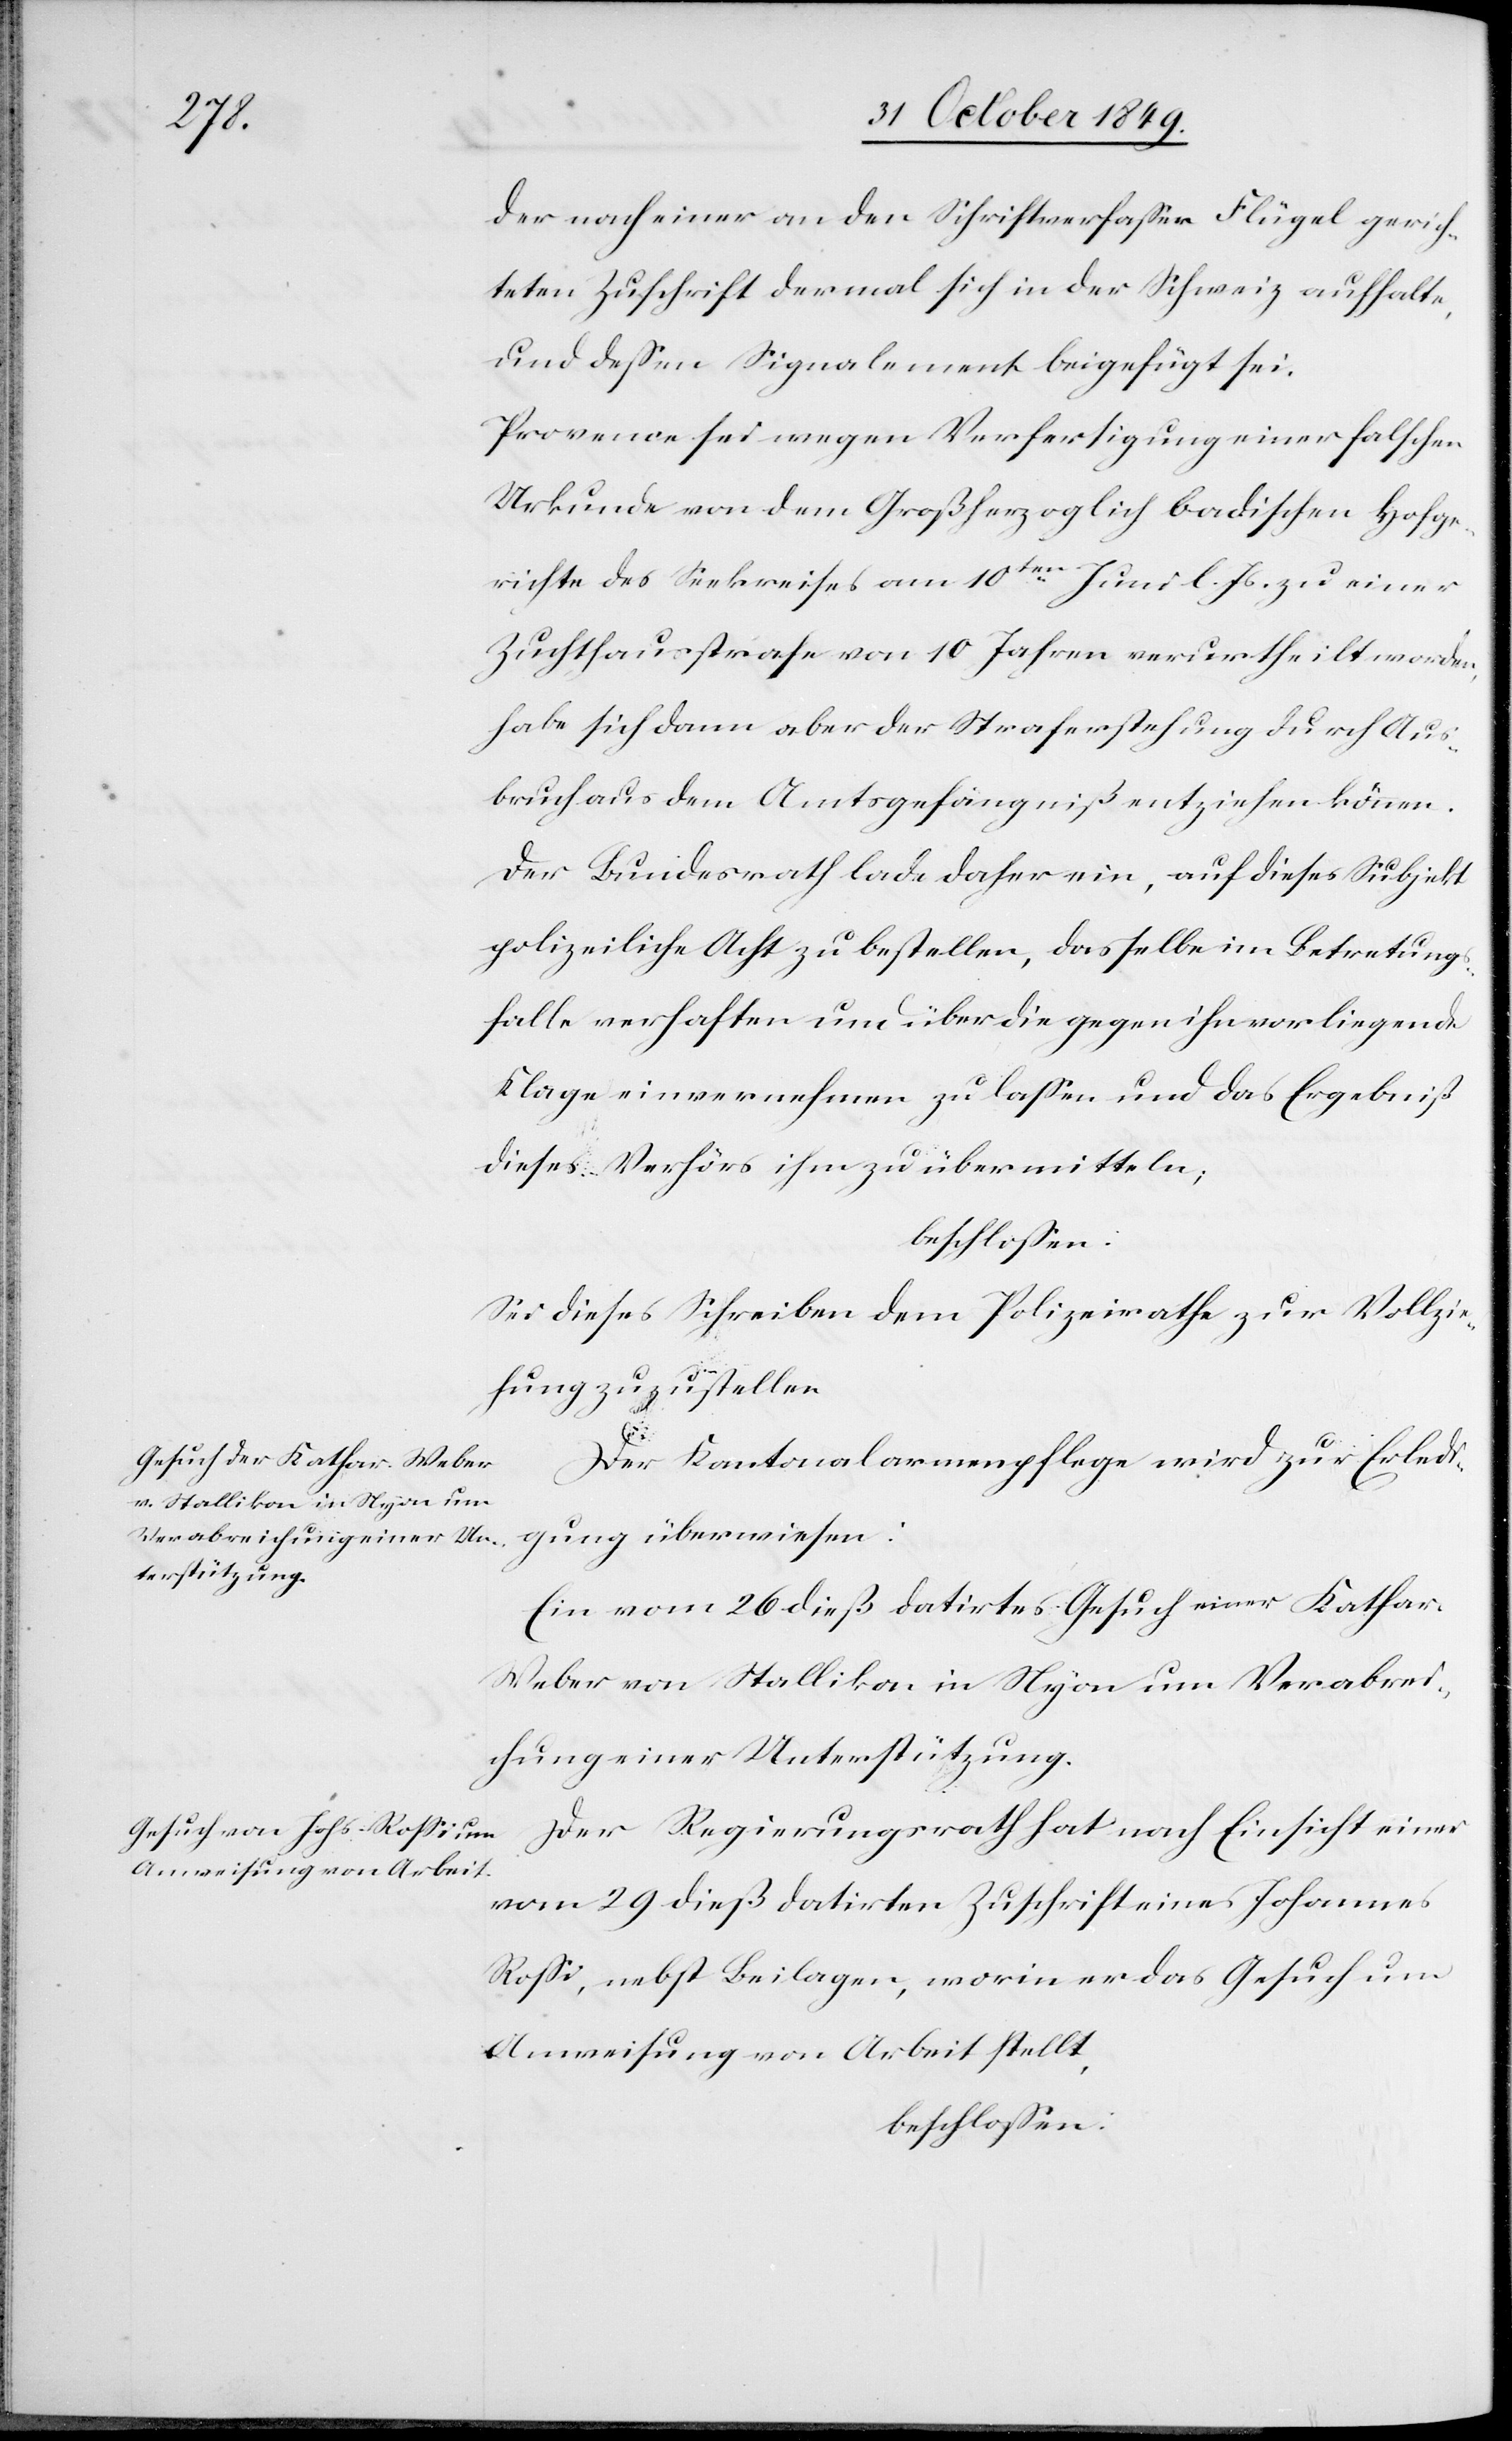
der nach einer an den Schriftverfaßer Flügel gerich¬
teten Zuschrift dermal sich in der Schweiz aufhalte,
und deßen Signalment beigefügt sei.
Provence sei wegen Verfertigung einer falschen
Urkunde von dem Großherzoglich badischen Hofge¬
richte des Seekreises am 10ten Juni l. Js. zu einer
Zuchthausstrafe von 10 Jahren verurtheilt worden,
habe sich dann aber der Straferstehung durch Aus¬
bruch aus dem Amtsgefängniß entziehen können.
Der Bundesrath lade daher ein, auf dieses Subjekt
polizeiliche Acht zu bestellen, dasselbe im Betretung¬
sfalle verhaften und über die gegen ihn vorliegende
Klage einvernehmen zu laßen und das Ergebniß
dieses Verhörs ihm zu übermitteln;
beschloßen:
Sei dieses Schreiben dem Polizeirathe zur Vollzie¬
hung zuzustellen.
Der Kantonalarmenpflege wird zur Erledi¬
gung überwiesen:
Ein vom 26 dieß datirtes Gesuch einer Kathar.
Weber von Stallikon in Nyon um Verabrei¬
chung einer Unterstützung.
Der Regierungsrath hat nach Einsicht einer
vom 29 dieß datirten Zuschrift eines Johannes
Roßi, nebst Beilagen, worin er das Gesuch um
Anweisung von Arbeit stellt,
beschloßen: